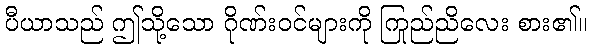
ပီယာသည် ဤသို့သော ဂိုဏ်းဝင်များကို ကြည်ညိုလေး စား၏။